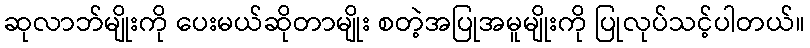
ဆုလာဘ်မျိုးကို ပေးမယ်ဆိုတာမျိုး စတဲ့အပြုအမူမျိုးကို ပြုလုပ်သင့်ပါတယ်။